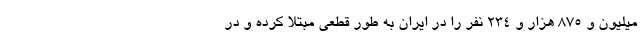
میلیون و ۸۷۵ هزار و ۲۳۴ نفر را در ایران به طور قطعی مبتلا کرده و در